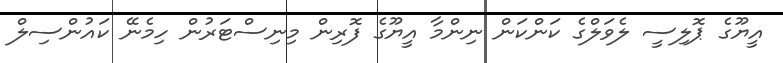
އީޔޫގެ ޕޮލިސީ ލެވަލްގެ ކަންކަން ނިންމާ އީޔޫގެ ފޮރިން މިނިސްޓަރުން ހިމެނޭ ކައުންސިލް